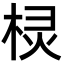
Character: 棂